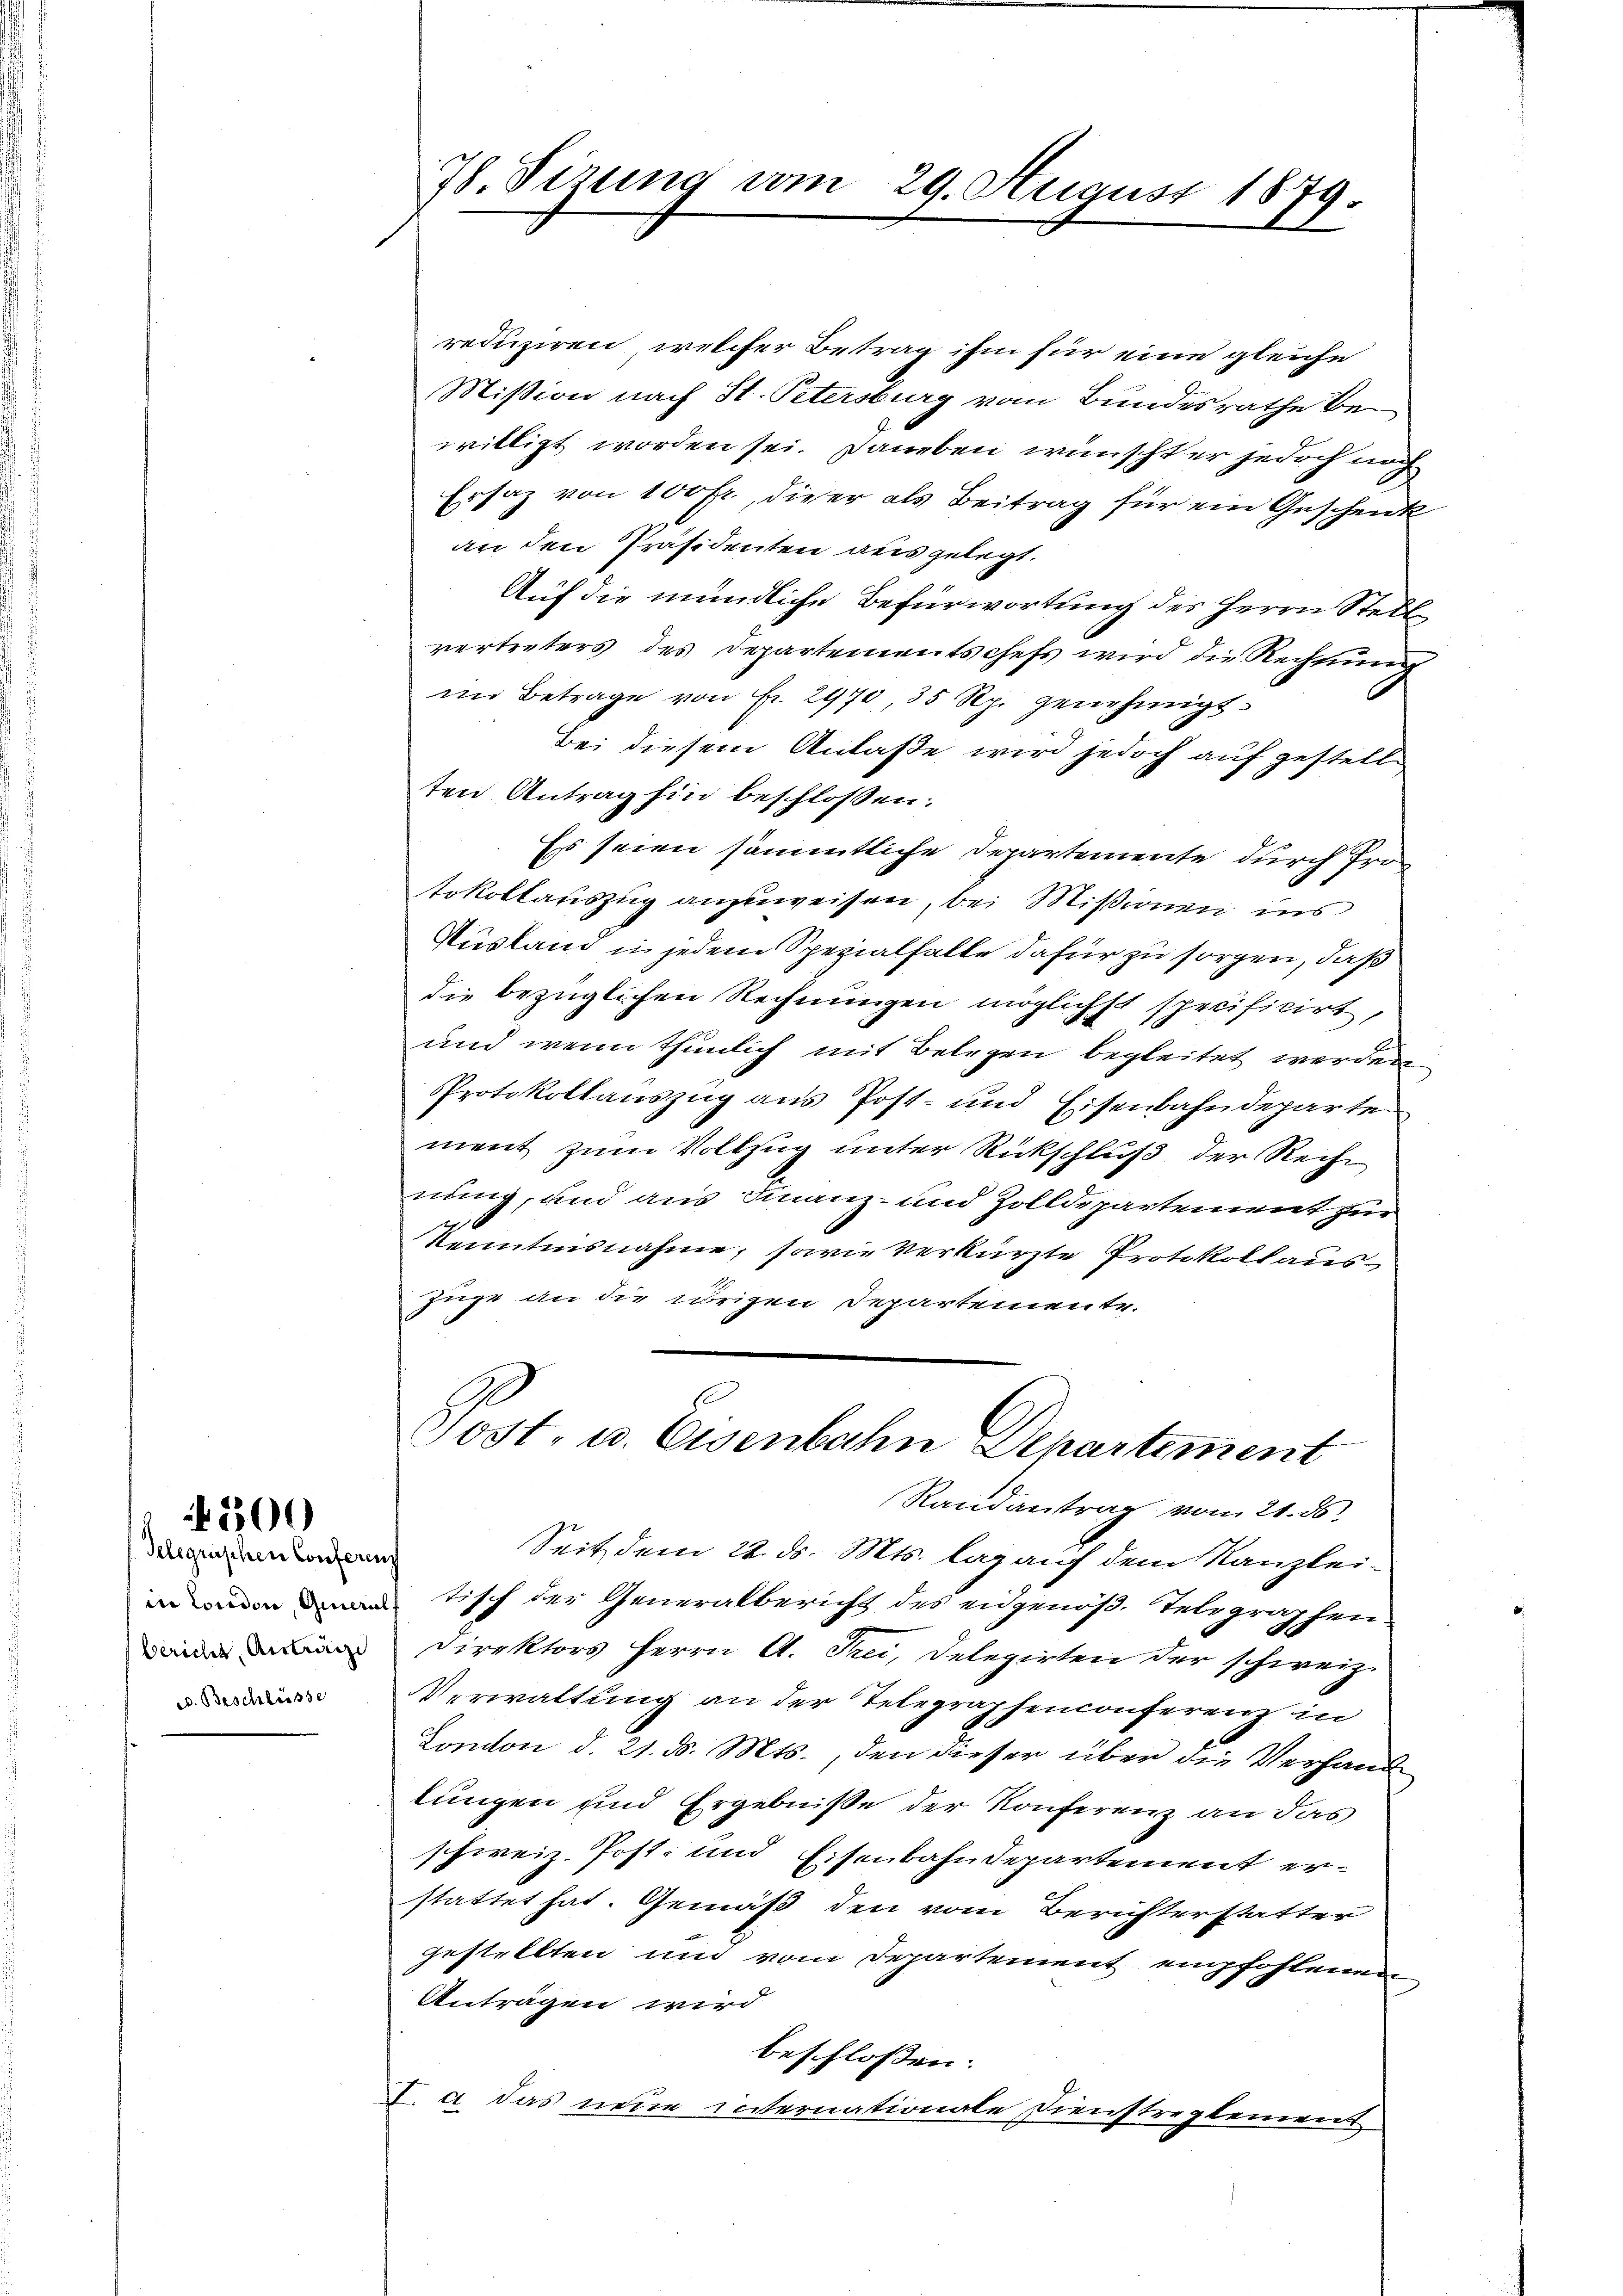
Telegraschen Conferen
in London, Generals
bericht, Anträge
ed. Beschlüsse

4500

78. Sizung vom 29. August 1879.

reduziren, welcher Betrag ihm für eine gleiche
Mission nach St. Petersburg vom Bundesrathe bewilligt worden sei. Daneben wünschter jedoch noch
Ersaz von 100 fr., die er als Beitrag für ein Geschenk
an den Präsidenten ausgelegt.
Auf die mündliche Befürwortung des Herrn Stell
vertreters des Departementschefs wird die Rechnung
im Betrage von Fr. 2970 35 Rp. genehmigt.
Bei diesem Anlaße wird jedoch auf gestellten Antrag hin beschlossen:
Es seien sämmtliche Departemente durch Protokollauszug anzuweisen, bei Missionen ins
Ausland in jedem Spezialfalle dafür zu sorgen, daß
die bezüglichen Rechnungen möglichst spreificirt,
und wenn thunlich mit Belegen begleitet werden
Protokollauszug aus Post- und Eisenbahndeparte
ment zum Vollzug unter Rückschluß der Recht
nung, und aus Finanz- und Zolldepartement zur
Kenntnisnahme, sowie verkürzte Protokoll aus¬
Züge an die übrigen Departemente.
Post. u. Eisenbahn Departement
Randantrag vom 21. ds.
Seit dem 22. ds. Mts. lag auf dem Kanzlei-
tisch der Generalbericht des eidgenöß. Telegraphen
Direktors Herrn A. Frei, Delegirten der schweiz.
Verwaltung an der Telegraphenconferenz in
London d. 21. d. Mts., den dieser über die Verhand
lungen und Ergebniße der Konferenz an das
schweiz. Post- und Eisenbahndepartement erstattet hat. Gemäß den vom Berichterstatter
gestellten und vom Departement empfohlenen
Anträgen wird
beschlossen:
I. a das neue internationale Dienstreglement